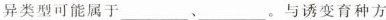
异类型可能属于___、___。与诱变育种方